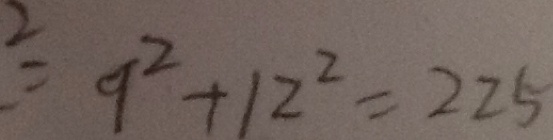
^ { 2 } = 9 ^ { 2 } + 1 2 ^ { 2 } = 2 2 5